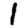
Digit: 1